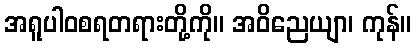
အရူပါဝစရတရားတို့ကို။ အဝိညေယျာ၊ ကုန်။